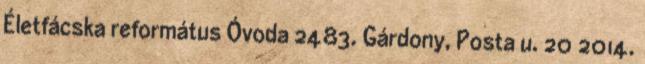
Életfácska református Óvoda 2483. Gárdony, Posta u. 20 2014.